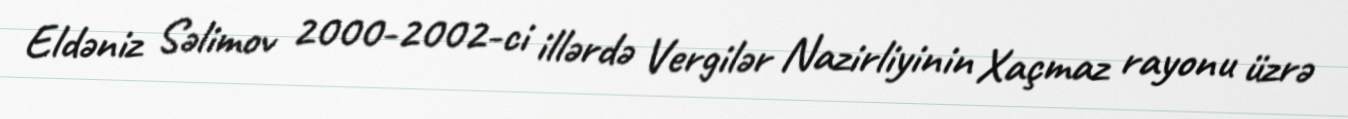
Eldəniz Səlimov 2000-2002-ci illərdə Vergilər Nazirliyinin Xaçmaz rayonu üzrə